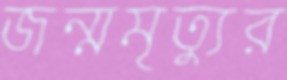
জন্মমৃত্যুর